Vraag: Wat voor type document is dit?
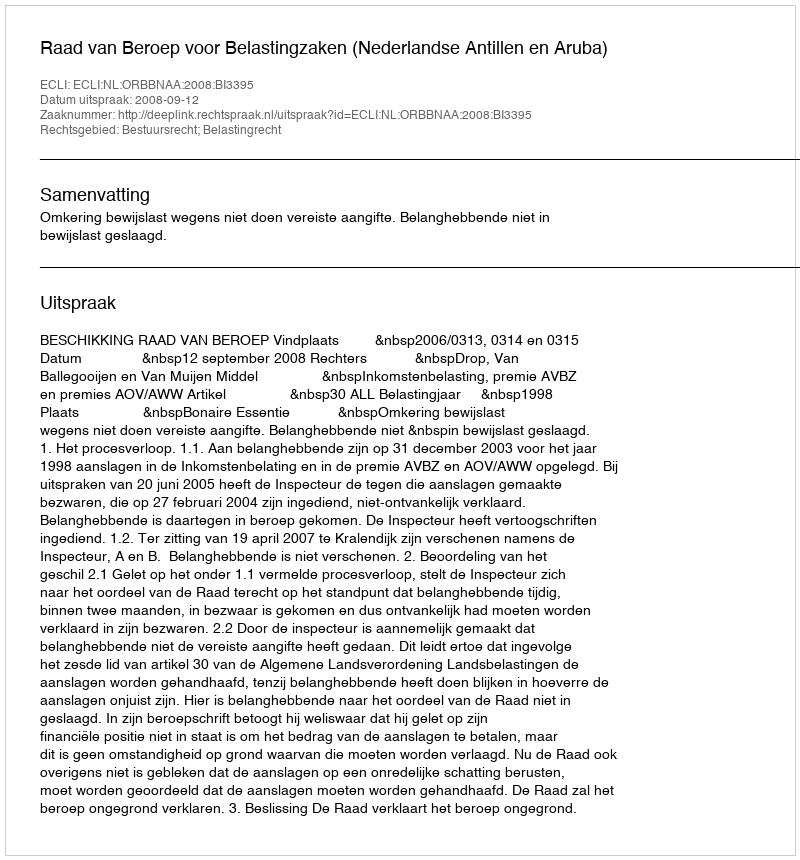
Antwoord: Uitspraak